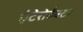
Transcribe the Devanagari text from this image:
एंटेरोबैक्टर